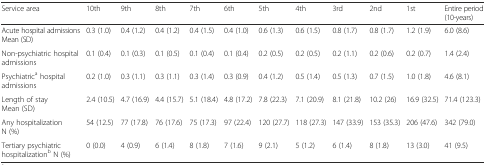
<table><thead><tr><td><b>Service area</b></td><td><b>10th</b></td><td><b>9th</b></td><td><b>8th</b></td><td><b>7th</b></td><td><b>6th</b></td><td><b>5th</b></td><td><b>4th</b></td><td><b>3rd</b></td><td><b>2nd</b></td><td><b>1st</b></td><td><b>Entire period (10-years)</b></td></tr></thead><tbody><tr><td>Acute hospital admissions Mean (SD)</td><td>0.3 (1.0)</td><td>0.4 (1.2)</td><td>0.4 (1.2)</td><td>0.4 (1.5)</td><td>0.4 (1.0)</td><td>0.6 (1.3)</td><td>0.6 (1.5)</td><td>0.8 (1.7)</td><td>0.8 (1.7)</td><td>1.2 (1.9)</td><td>6.0 (8.6)</td></tr><tr><td>Non-psychiatric hospital admissions</td><td>0.1 (0.4)</td><td>0.1 (0.3)</td><td>0.1 (0.5)</td><td>0.1 (0.4)</td><td>0.1 (0.4)</td><td>0.2 (0.5)</td><td>0.2 (0.5)</td><td>0.2 (1.1)</td><td>0.2 (0.6)</td><td>0.2 (0.7)</td><td>1.4 (2.4)</td></tr><tr><td>Psychiatric<sup>a</sup> hospital admissions</td><td>0.2 (1.0)</td><td>0.3 (1.1)</td><td>0.3 (1.1)</td><td>0.3 (1.4)</td><td>0.3 (0.9)</td><td>0.4 (1.2)</td><td>0.5 (1.4)</td><td>0.5 (1.3)</td><td>0.7 (1.5)</td><td>1.0 (1.8)</td><td>4.6 (8.1)</td></tr><tr><td>Length of stay Mean (SD)</td><td>2.4 (10.5)</td><td>4.7 (16.9)</td><td>4.4 (15.7)</td><td>5.1 (18.4)</td><td>4.8 (17.2)</td><td>7.8 (22.3)</td><td>7.1 (20.9)</td><td>8.1 (21.8)</td><td>10.2 (26)</td><td>16.9 (32.5)</td><td>71.4 (123.3)</td></tr><tr><td>Any hospitalization N (%)</td><td>54 (12.5)</td><td>77 (17.8)</td><td>76 (17.6)</td><td>75 (17.3)</td><td>97 (22.4)</td><td>120 (27.7)</td><td>118 (27.3)</td><td>147 (33.9)</td><td>153 (35.3)</td><td>206 (47.6)</td><td>342 (79.0)</td></tr><tr><td>Tertiary psychiatric hospitalization<sup>b</sup> N (%)</td><td>0 (0.0)</td><td>4 (0.9)</td><td>6 (1.4)</td><td>8 (1.8)</td><td>7 (1.6)</td><td>9 (2.1)</td><td>5 (1.2)</td><td>6 (1.4)</td><td>8 (1.8)</td><td>13 (3.0)</td><td>41 (9.5)</td></tr></tbody></table>